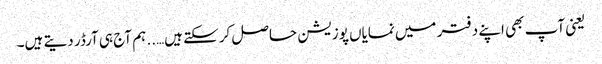
یعنی آپ بھی اپنے دفتر میں نمایاں پوزیشن حاصل کرسکتے ہیں….. ہم آج ہی آرڈر دیتے ہیں۔